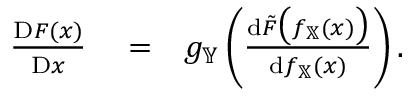
\begin{array} { r l r } { \frac { \mathrm { D } F ( x ) } { \mathrm { D } x } } & { { } = } & { g _ { \mathbb { Y } } \left( \frac { \mathrm { d } \tilde { F } \big ( f _ { \mathbb { X } } ( x ) \big ) } { \mathrm { d } f _ { \mathbb { X } } ( x ) } \right) . } \end{array}